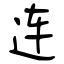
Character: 连